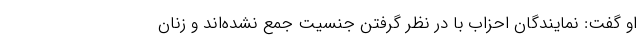
او گفت: نمایندگان احزاب با در نظر گرفتن جنسیت جمع نشده‌اند و زنان